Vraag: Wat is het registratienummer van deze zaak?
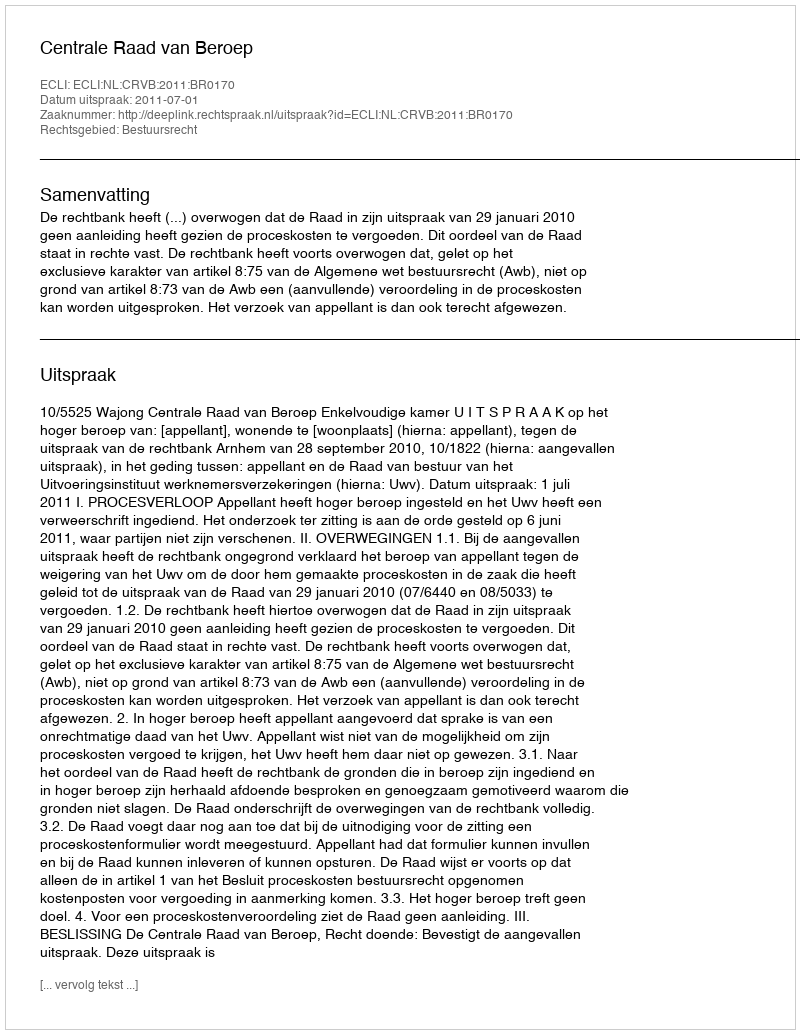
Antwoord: http://deeplink.rechtspraak.nl/uitspraak?id=ECLI:NL:CRVB:2011:BR0170